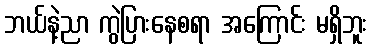
ဘယ်နဲ့ညာ ကွဲပြားနေစရာ အကြောင်း မရှိဘူး